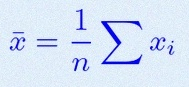
\bar{x}=\frac1n\sum x_i